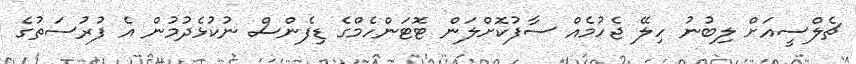
ޗެލްސީއަށް ލިބުނު ހިލޭ ޖެހުމެއް ސާފުކޮށްލަން ޓޮޓަންހެމްގެ ޑިފެންސް ނުކުޅެދުމުން އެ ފުރުސަތުގެ